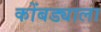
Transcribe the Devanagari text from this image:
कोंबड्याला